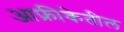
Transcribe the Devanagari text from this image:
आफ्रीकेतील